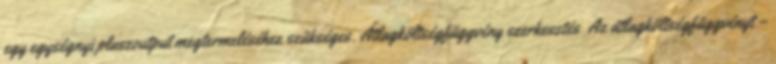
egy egységnyi pluszoutput megtermeléséhez szükséges. Átlagköltségfüggvény szerkesztés Az átlagköltségfüggvényt –